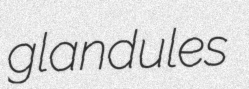
glandules